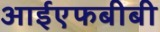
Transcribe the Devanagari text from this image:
आईएफबीबी